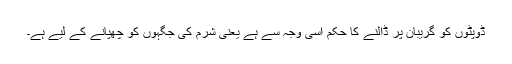
ڈوپٹوں کو گریبان پر ڈالنے کا حکم اسی وجہ سے ہے یعنی شرم کی جگہوں کو چھپانے کے لیے ہے۔